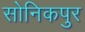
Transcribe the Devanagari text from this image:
सोनिकपुर